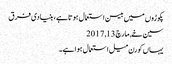
پکوڑوں میں بیسن استعمال ہوتا ہے، بنیادی فرق
سین خے, ‏مارچ 13, 2017
یہاں کورن میل استعمال ہوا ہے۔